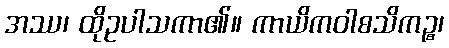
အဿ၊ ထိုဥပါသကာ၏။ ကာယိကဝါစသိကဉ္စ၊